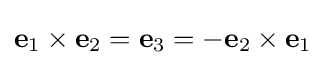
\mathbf {e} _{1}\times \mathbf {e} _{2}=\mathbf {e} _{3}=-\mathbf {e} _{2}\times \mathbf {e} _{1}